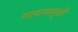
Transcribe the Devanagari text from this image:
गायनस्मृती